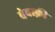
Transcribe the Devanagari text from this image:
बेबाक़ी